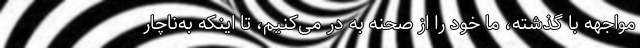
مواجهه با گذشته، ما خود را از صحنه به در می‌کنیم، تا اینکه به‌ناچار